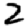
Digit: 2